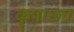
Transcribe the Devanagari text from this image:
कृपाछत्र